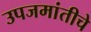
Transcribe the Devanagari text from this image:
उपजमांतीचे